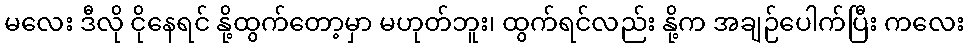
မလေး ဒီလို ငိုနေရင် နို့ထွက်တော့မှာ မဟုတ်ဘူး၊ ထွက်ရင်လည်း နို့က အချဉ်ပေါက်ပြီး ကလေး